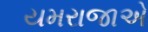
યમરાજાએ